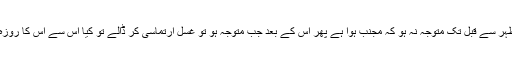
اگر روزہ دار اذان ظہر سے قبل تک متوجہ نہ ہو کہ مجنب ہوا ہے پھر اس کے بعد جب متوجہ ہو تو غسل ارتماسی کر ڈالے تو کیا اس سے اس کا روزہ باطل ہو جائے گا؟